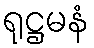
ရုဋ္ဌမနံ